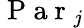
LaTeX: \mathrm{~P~a~r~}_{j}